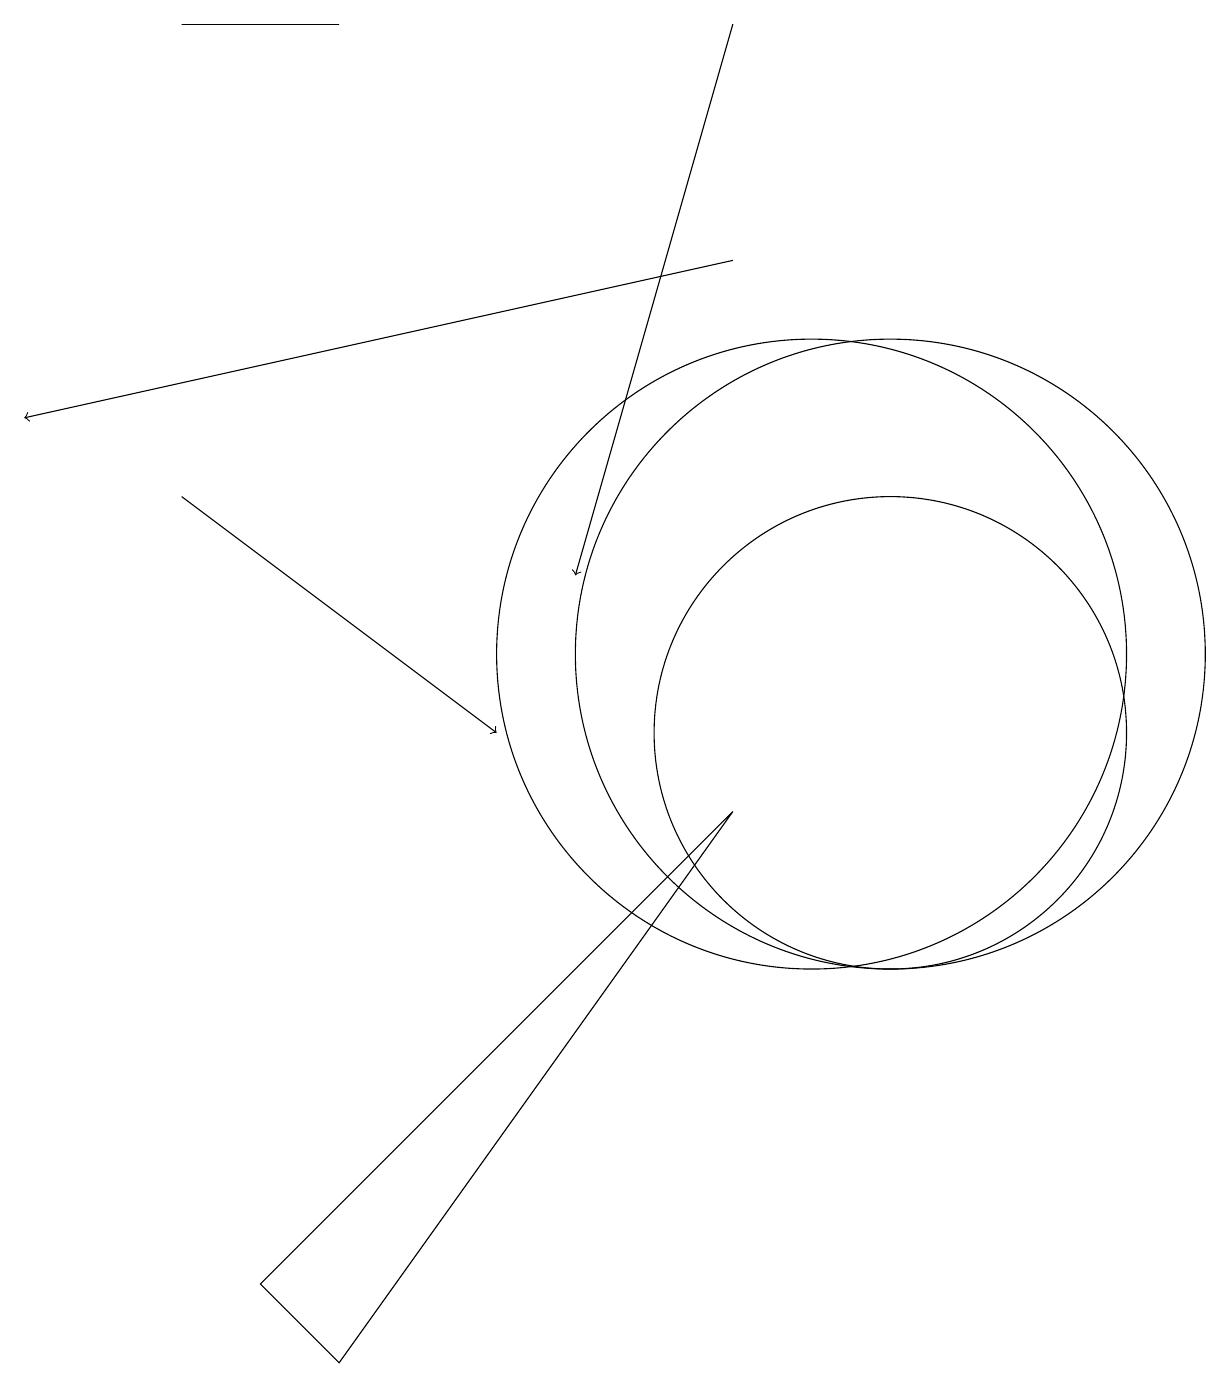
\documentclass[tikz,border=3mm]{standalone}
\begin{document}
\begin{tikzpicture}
\draw (10,11) circle (4);
\draw[->] (9,16) -- (0,14);
\draw (11,11) circle (4);
\draw[->] (2,13) -- (6,10);
\draw (11,10) circle (3);
\draw (4,19) rectangle (2,19);
\draw (9,9) -- (4,2) -- (3,3) -- cycle;
\draw[->] (9,19) -- (7,12);
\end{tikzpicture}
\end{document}